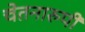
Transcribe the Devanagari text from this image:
चेतनारुपी